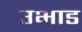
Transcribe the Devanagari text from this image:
उभाड